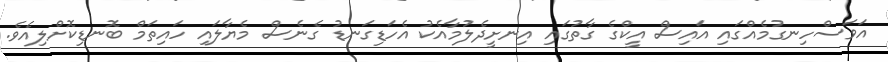
އަވަސްހިނގުމެއްގައި އައިސް އީކްގެ ގާތުގައި އިނށީދެލުމާއެކު އެހަޑިގަނޑު ގެނެސް މެޔާލައި ހައިތަމް ބޮނޑިކޮށްލިއެވެ.